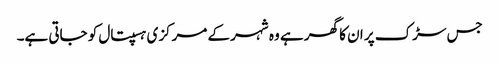
جس سڑک پر ان کا گھر ہے وہ شہر کے مرکزی ہسپتال کو جاتی ہے۔